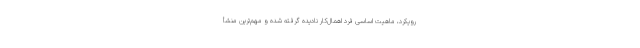
رویکرد، ماهیت اساسیِ فرد اهمال‌کار نادیده گرفته شده و مهم‌ترین منشأ